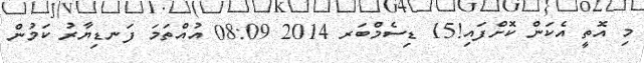
މި އޮތީ އެކަން ކޮށްފައި!15 ޑިސެމްބަރ 2014 08:09 އުއްތަމަ ފަނޑިޔާރު ކަމުން